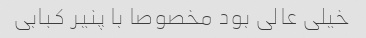
خیلی عالی بود مخصوصا با پنیر کبابی